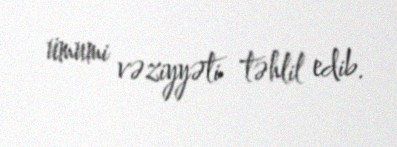
ümumi vəziyyəti təhlil edib.